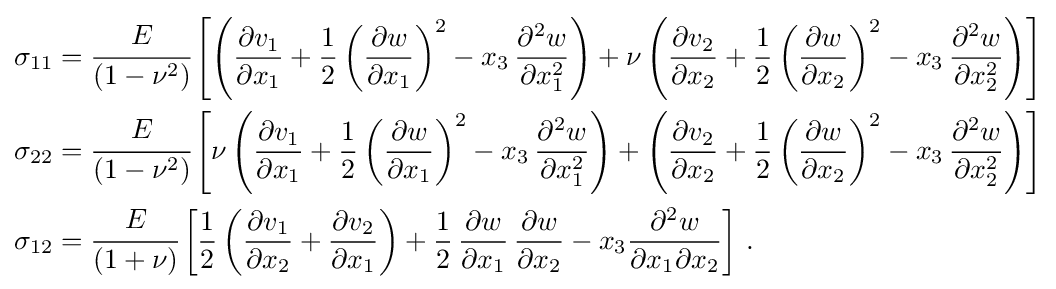
{\begin{aligned}\sigma _{11}&={\cfrac {E}{(1-\nu ^{2})}}\left[\left({\frac {\partial v_{1}}{\partial x_{1}}}+{\frac {1}{2}}\left({\frac {\partial w}{\partial x_{1}}}\right)^{2}-x_{3}\,{\frac {\partial ^{2}w}{\partial x_{1}^{2}}}\right)+\nu \left({\frac {\partial v_{2}}{\partial x_{2}}}+{\frac {1}{2}}\left({\frac {\partial w}{\partial x_{2}}}\right)^{2}-x_{3}\,{\frac {\partial ^{2}w}{\partial x_{2}^{2}}}\right)\right]\\\sigma _{22}&={\cfrac {E}{(1-\nu ^{2})}}\left[\nu \left({\frac {\partial v_{1}}{\partial x_{1}}}+{\frac {1}{2}}\left({\frac {\partial w}{\partial x_{1}}}\right)^{2}-x_{3}\,{\frac {\partial ^{2}w}{\partial x_{1}^{2}}}\right)+\left({\frac {\partial v_{2}}{\partial x_{2}}}+{\frac {1}{2}}\left({\frac {\partial w}{\partial x_{2}}}\right)^{2}-x_{3}\,{\frac {\partial ^{2}w}{\partial x_{2}^{2}}}\right)\right]\\\sigma _{12}&={\cfrac {E}{(1+\nu )}}\left[{\frac {1}{2}}\left({\frac {\partial v_{1}}{\partial x_{2}}}+{\frac {\partial v_{2}}{\partial x_{1}}}\right)+{\frac {1}{2}}\,{\frac {\partial w}{\partial x_{1}}}\,{\frac {\partial w}{\partial x_{2}}}-x_{3}{\frac {\partial ^{2}w}{\partial x_{1}\partial x_{2}}}\right]\,.\end{aligned}}